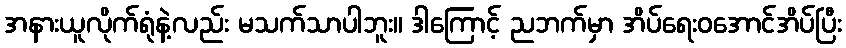
အနားယူလိုက်ရုံနဲ့လည်း မသက်သာပါဘူး။ ဒါကြောင့် ညဘက်မှာ အိပ်ရေးဝအောင်အိပ်ပြီး